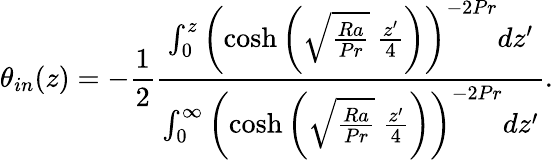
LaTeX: \theta_{in}(z)=-\frac{1}{2}\frac{\int_{0}^{z}\left(\cosh{\left(\sqrt{\frac{Ra}{Pr}}\ \frac{z^{\prime}}{4}\right)}\right)^{-2Pr}dz^{\prime}}{\int_{0}^{\infty}\left(\cosh{\left(\sqrt{\frac{Ra}{Pr}}\ \frac{z^{\prime}}{4}\right)}\right)^{-2Pr}dz^{\prime}}.